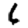
Digit: 6